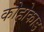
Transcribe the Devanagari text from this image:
कोहोकाड